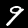
Label: 9